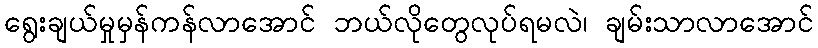
ရွေးချယ်မှုမှန်ကန်လာအောင် ဘယ်လိုတွေလုပ်ရမလဲ၊ ချမ်းသာလာအောင်